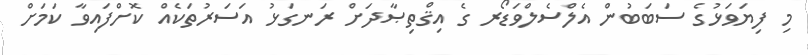
މި ފިޔަވަޅުގެ ސަބަބުން އެލްސެލްވަޑޯރ ގެ އިޤްތިޞާދަށް ރަނގަޅު އަސަރުތަކެއް ކޮށްފައިވާ ކަމަށް